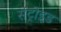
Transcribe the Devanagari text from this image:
सेंट्रोइड